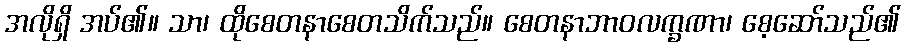
အလိုရှိ အပ်၏။ သာ၊ ထိုစေတနာစေတသိက်သည်။ စေတနာဘာဝလက္ခဏာ၊ စေ့ဆော်သည်၏